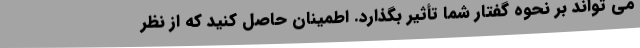
می تواند بر نحوه گفتار شما تأثیر بگذارد. اطمینان حاصل کنید که از نظر